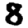
Digit: 8